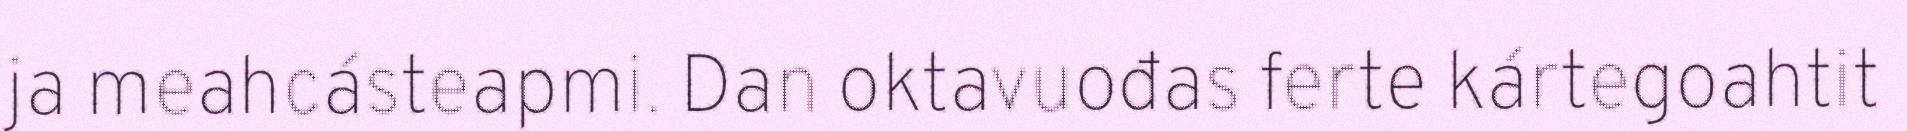
ja meahcásteapmi. Dan oktavuođas ferte kártegoahtit